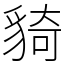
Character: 䝝